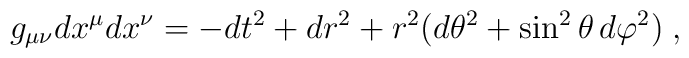
g_{\mu\nu}dx^\mu dx^\nu =-dt^2+dr^2+r^2(d\theta^2 +\sin^2\theta\,d\varphi^2)\; ,